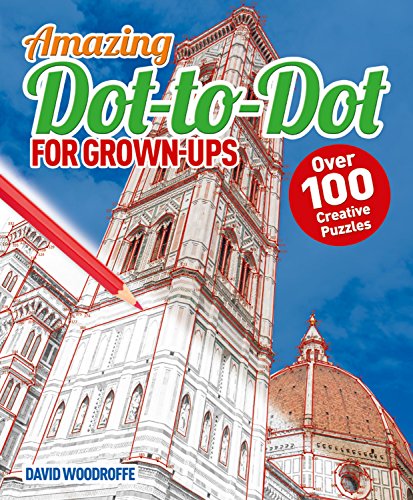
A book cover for Dot to Dot for Grown Ups: Over 100 Creative Puzzles; David Woodroffe; Humor & Entertainment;